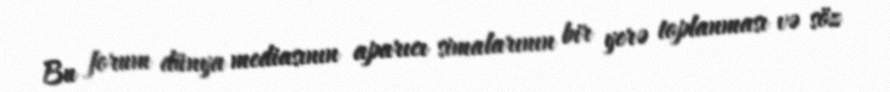
Bu forum dünya mediasının aparıcı simalarının bir yerə toplanması və söz